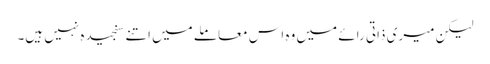
لیکن میری ذاتی رائے میں وہ اس معاملے میں اتنے سنجیدہ نہیں ہیں۔